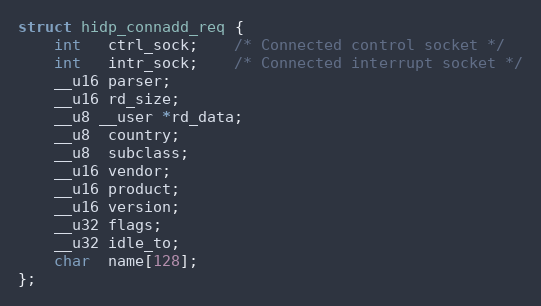
Language: C
struct hidp_connadd_req {
	int   ctrl_sock;	/* Connected control socket */
	int   intr_sock;	/* Connected interrupt socket */
	__u16 parser;
	__u16 rd_size;
	__u8 __user *rd_data;
	__u8  country;
	__u8  subclass;
	__u16 vendor;
	__u16 product;
	__u16 version;
	__u32 flags;
	__u32 idle_to;
	char  name[128];
};